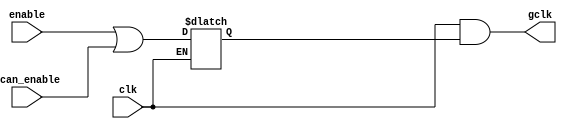
module  omsp_clock_gate (

// OUTPUTs
    gclk,                      // Gated clock

// INPUTs
    clk,                       // Clock
    enable,                    // Clock enable
    scan_enable                // Scan enable (active during scan shifting)
);

// OUTPUTs
//=========
output         gclk;           // Gated clock

// INPUTs
//=========
input          clk;            // Clock
input          enable;         // Clock enable
input          scan_enable;    // Scan enable (active during scan shifting)


//=============================================================================
// CLOCK GATE: LATCH + AND
//=============================================================================
   
// Enable clock gate during scan shift
// (the gate itself is checked with the scan capture cycle)
wire    enable_in =   (enable | scan_enable);

// LATCH the enable signal
reg     enable_latch;
always @(clk or enable_in)
  if (~clk)
    enable_latch <= enable_in;

// AND gate
assign  gclk      =  (clk & enable_latch);


endmodule